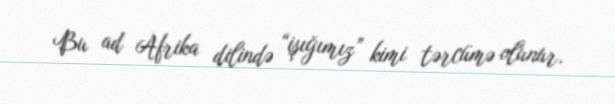
Bu ad Afrika dilində “işığımız” kimi tərcümə olunur.